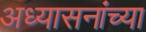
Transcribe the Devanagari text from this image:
अध्यासनांच्या